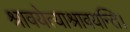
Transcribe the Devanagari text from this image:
श्रावयेत्याश्रावयन्ति।